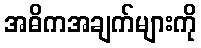
အဓိကအချက်များကို